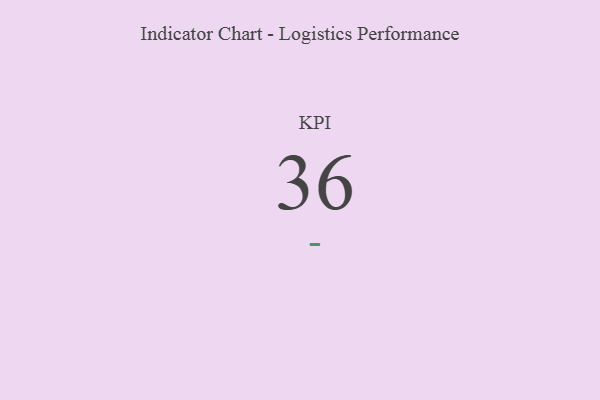
{"axis": {"x": "KPI", "y": "Value"}, "legend": [""], "data": [{"x": "KPI", "y": 36, "type": ""}]}